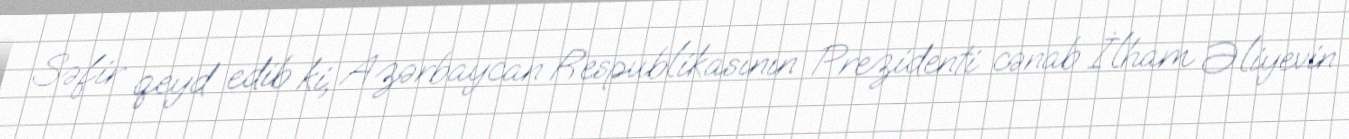
Səfir qeyd edib ki, Azərbaycan Respublikasının Prezidenti cənab İlham Əliyevin